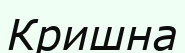
Кришна